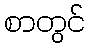
စာတွင်